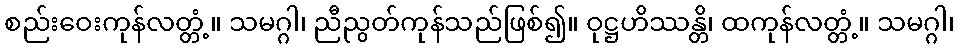
စည်းဝေးကုန်လတ္တံ့။ သမဂ္ဂါ၊ ညီညွတ်ကုန်သည်ဖြစ်၍။ ဝုဋ္ဌဟိဿန္တိ၊ ထကုန်လတ္တံ့။ သမဂ္ဂါ၊